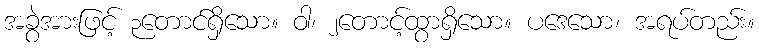
အခွဲအားဖြင့် ၃တောင်ရှိသော။ ဝါ၊ ၂တောင့်ထွာရှိသော။ ပဒေသော၊ အရပ်တည်း။